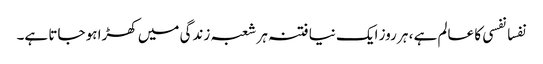
نفسا نفسی کا عالم ہے ، ہر روز ایک نیا فتنہ ہر شعبہ زندگی میں کھڑا ہو جاتا ہے۔